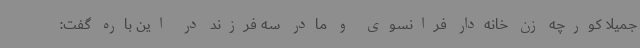
جمیلا کورچه زن خانه‌دار فرانسوی و مادر سه فرزند در این باره گفت: